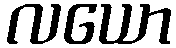
လယော